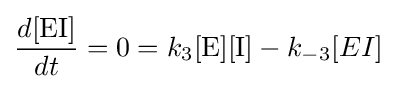
{\frac {d[{\mathrm {EI} }]}{dt}}=0=k_{3}[{\ce {E}}][{\ce {I}}]-k_{-3}[EI]